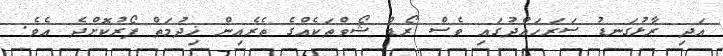
އަދި ރާޅުގަނޑު ސަރަހައްދުގައި ވެސް ރޯޑް ޝޯވްތަކެއްގެ ތެރެއިން ޚިދުމަތް ފޯރުކޮށްދެ އެވެ.